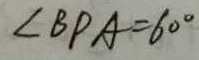
\angle B P A = 6 0 ^ { \circ }